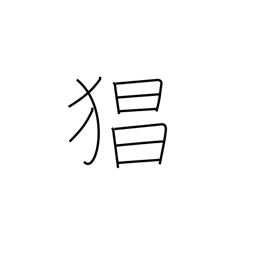
Meaning: violence